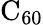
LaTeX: \mathrm{{C}_{60}}